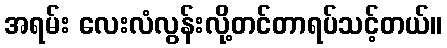
အရမ်း လေးလံလွန်းလို့တင်တာရပ်သင့်တယ်။